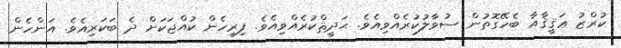
ކުރްޒު ޢަޤީޤާއާ ބެހޭގޮތުން ސުވާލުކުރެއްވިއެވެ. ޙަދީޘްކުރެއްވިއެވެ. ފިރިހެން ކުއްޖަކަށް ދެ ބަކަރިއެވެ. އަންހެން